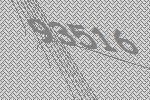
93516